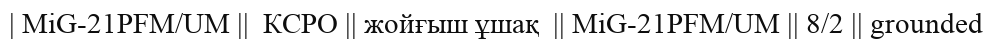
| MiG-21PFM/UM ||  КСРО || жойғыш ұшақ  || MiG-21PFM/UM || 8/2 || grounded